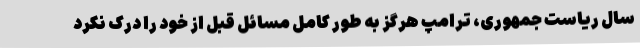
سال ریاست جمهوری، ترامپ هرگز به طور کامل مسائل قبل از خود را درک نکرد